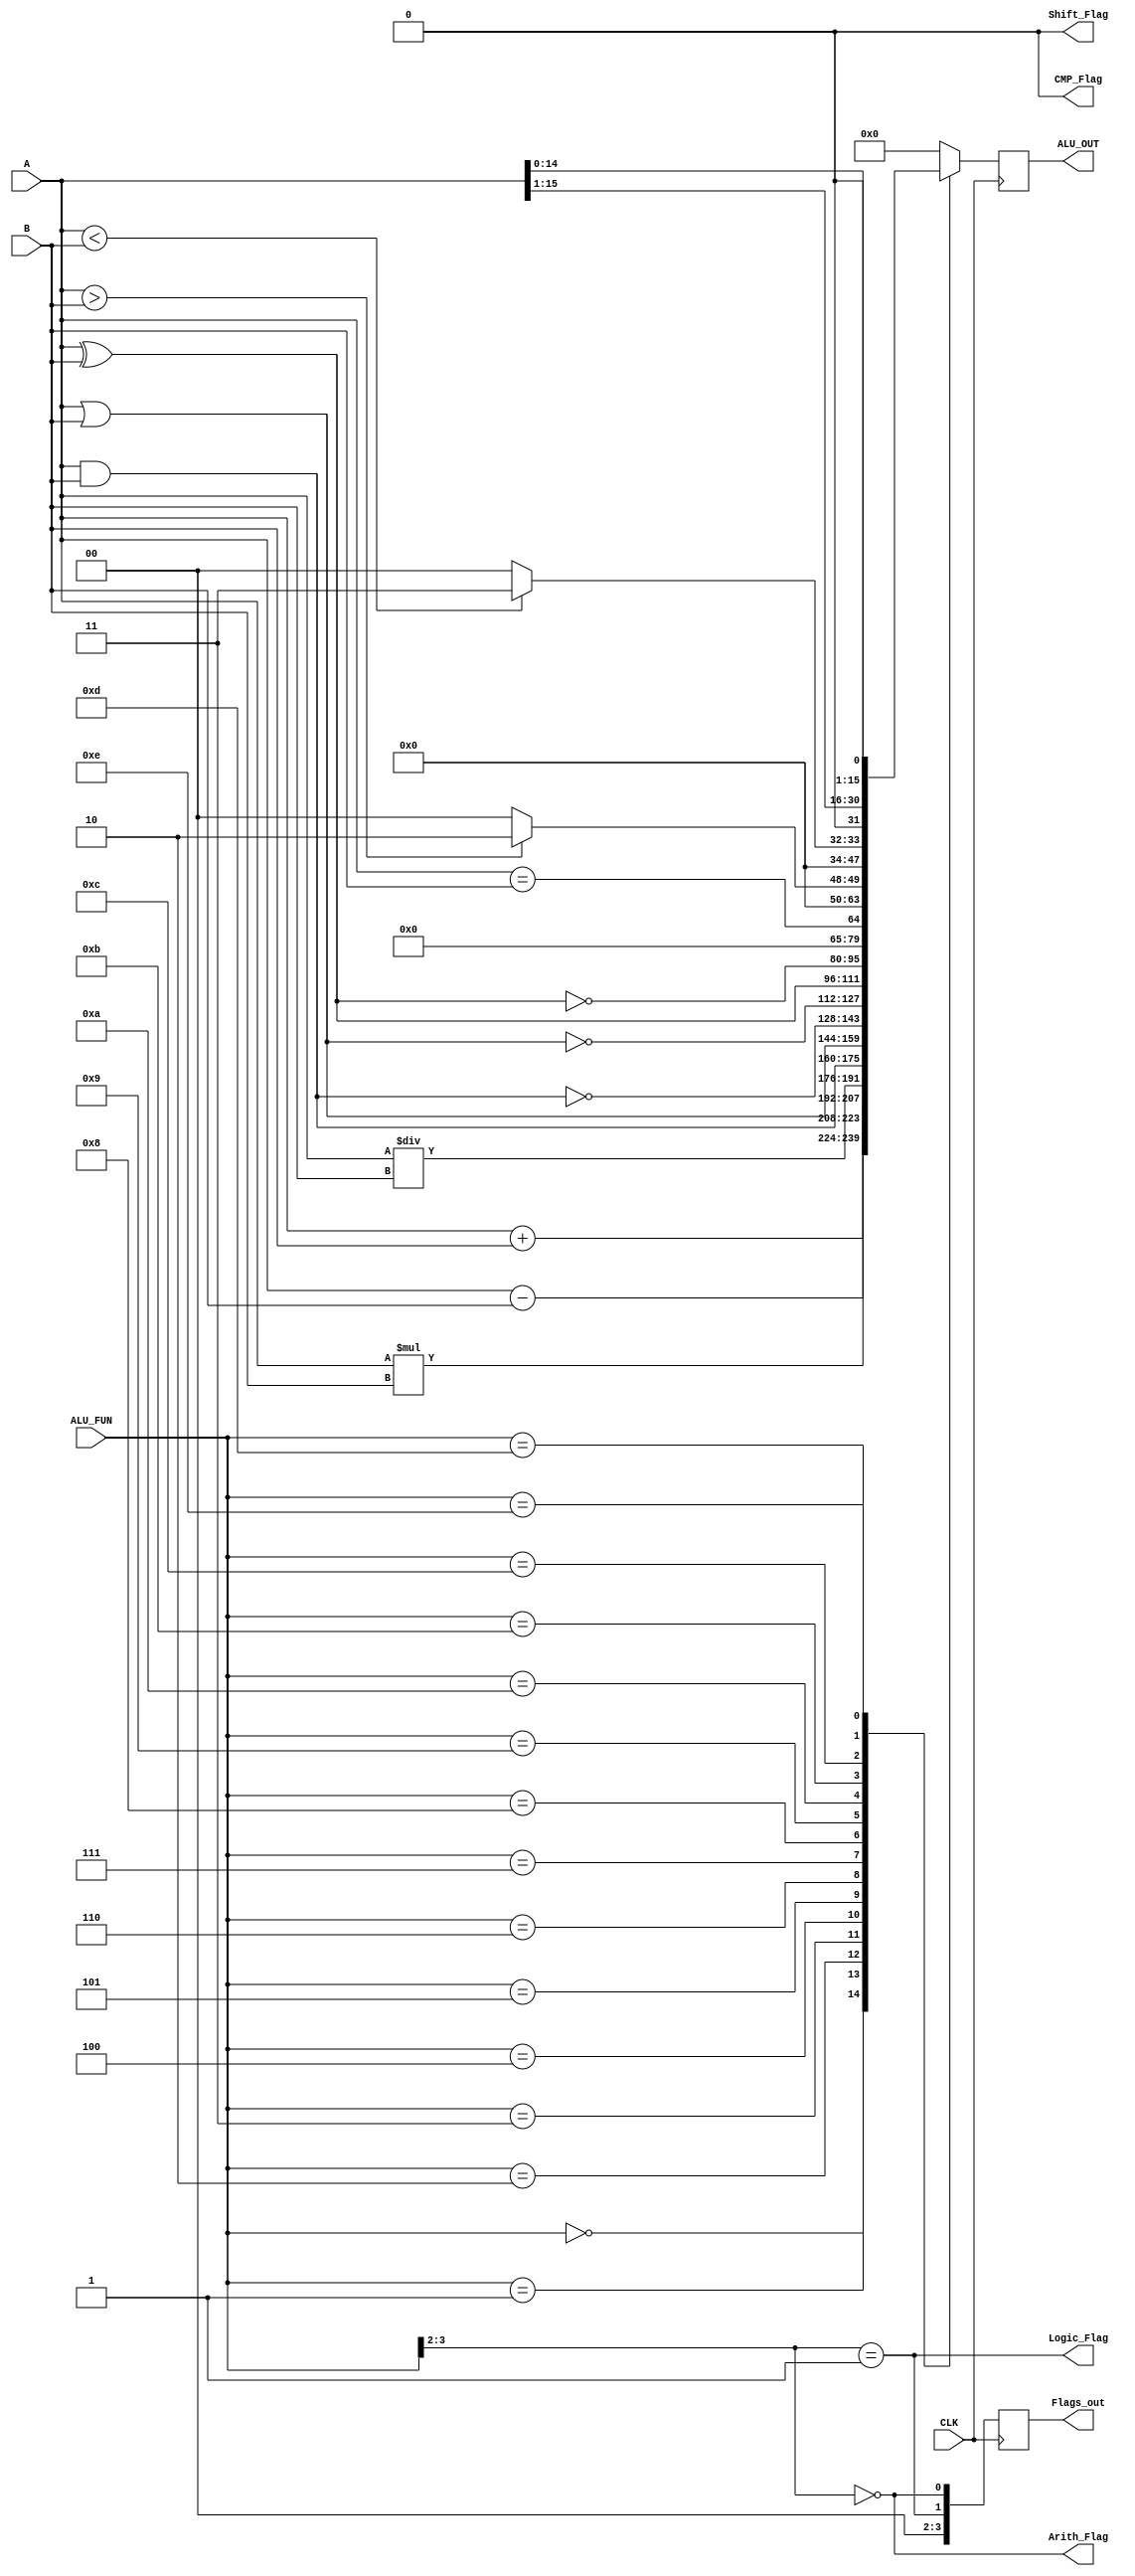
module ALU_16bit #( parameter WIDTH = 16 , parameter WFUN = 4 ,parameter WFLAG =4) 
(
input    wire     [WIDTH-1:0]   A,
input    wire     [WIDTH-1:0]   B,
input    wire     [WFUN-1:0]    ALU_FUN,
input    wire                   CLK,
output   wire                   Arith_Flag,
output   wire                   Logic_Flag,
output   wire                   CMP_Flag,
output   wire                   Shift_Flag,
output   reg      [WIDTH-1:0]   ALU_OUT,
output   reg      [WFLAG-1:0]   Flags_out
);

reg  [WIDTH-1:0] ALU_OUT_w ;
wire [WFLAG-1:0] Flags_out_w;
 
always @(posedge CLK ) 
begin
  ALU_OUT <= ALU_OUT_w;
  Flags_out<=Flags_out_w;
end


always @(*) 
begin  
case (ALU_FUN)
   4'b0000 : ALU_OUT_w =   A + B;
   4'b0001 : ALU_OUT_w =   A - B;
   4'b0010 : ALU_OUT_w =   A * B;
   4'b0011 : ALU_OUT_w =   A / B;
   4'b0100 : ALU_OUT_w =   A & B;
   4'b0101 : ALU_OUT_w =   A | B;
   4'b0110 : ALU_OUT_w = ~(A & B);
   4'b0111 : ALU_OUT_w = ~(A | B);
   4'b1000 : ALU_OUT_w =   A ^ B;
   4'b1001 : ALU_OUT_w = ~(A ^ B);
   4'b1010 : ALU_OUT_w =  (A == B);
   4'b1011 : ALU_OUT_w =  (A > B)? 4'd2 : 4'd0 ;
   4'b1100 : ALU_OUT_w =  (A < B)? 4'd3 : 4'd0  ;
   4'b1101 : ALU_OUT_w =  A >> 1 ;
   4'b1110 : ALU_OUT_w =  A << 1 ;
    default: ALU_OUT_w =  16'd0;
endcase
end




assign Arith_Flag  = (ALU_FUN[3:2]==00);
assign Logic_Flag  = (ALU_FUN[3:2]==01   ||  ALU_FUN[3:1]==100);
assign CMP_Flag    = (ALU_FUN ==1011)? 4'd1 : 4'd0;
assign Shift_Flag  = (ALU_FUN ==1110)? 4'd1 : 4'd0;
assign Flags_out_w = {Shift_Flag,CMP_Flag,Logic_Flag,Arith_Flag} ;
endmodule